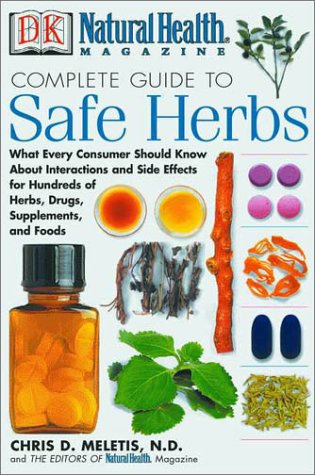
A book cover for Natural Health Complete Guide to Safe Herbs: What Every Consumer Should Know About Interactions and Side Effects for Hundreds of Herbs, Drugs, Supplements, and Foods; Chris D. Meletis; Health, Fitness & Dieting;